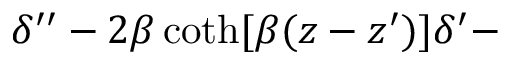
\delta ^ { \prime \prime } - 2 \beta \coth [ \beta ( z - z ^ { \prime } ) ] \delta ^ { \prime } -